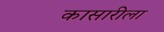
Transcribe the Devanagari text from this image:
कासारीला